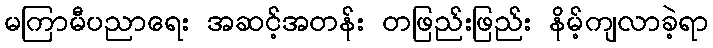
မကြာမီပညာရေး အဆင့်အတန်း တဖြည်းဖြည်း နိမ့်ကျလာခဲ့ရာ